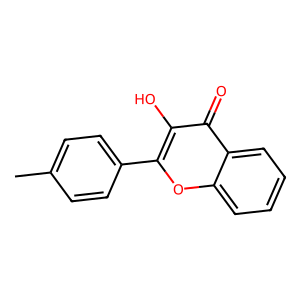
SMILES: Cc1ccc(-c2oc3ccccc3c(=O)c2O)cc1
Inhibits HIV replication: No